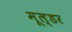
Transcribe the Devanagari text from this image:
मूल्डर